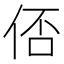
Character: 俖